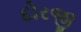
દોરજી